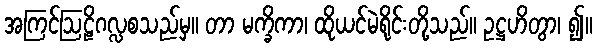
အကြင်ဩဠိဂလ္လစသည်မှ။ တာ မက္ခိကာ၊ ထိုယင်မဲရိုင်းတို့သည်။ ဥဋ္ဌဟိတွာ၊ ၍။